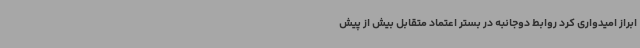
ابراز امیدواری کرد روابط دوجانبه در بستر اعتماد متقابل بیش از پیش